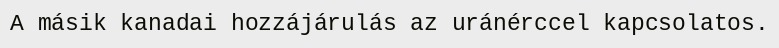
A másik kanadai hozzájárulás az uránérccel kapcsolatos.